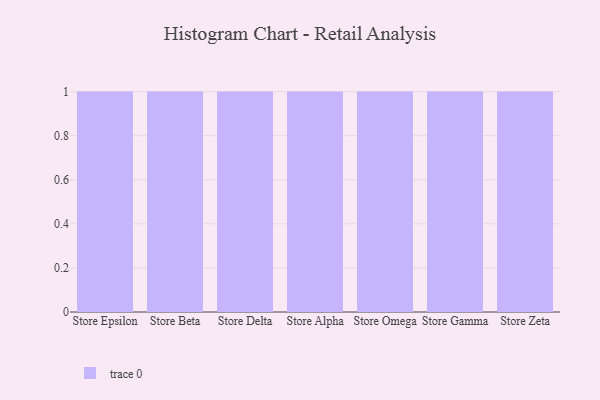
{"axis": {"x": "Store", "y": "Customer Acquisition Cost (USD)"}, "legend": [""], "data": [{"x": "Store Epsilon", "y": 49, "type": ""}, {"x": "Store Beta", "y": 73, "type": ""}, {"x": "Store Delta", "y": 43, "type": ""}, {"x": "Store Alpha", "y": 91, "type": ""}, {"x": "Store Omega", "y": 73, "type": ""}, {"x": "Store Gamma", "y": 89, "type": ""}, {"x": "Store Zeta", "y": 56, "type": ""}]}